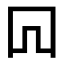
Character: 𠕄